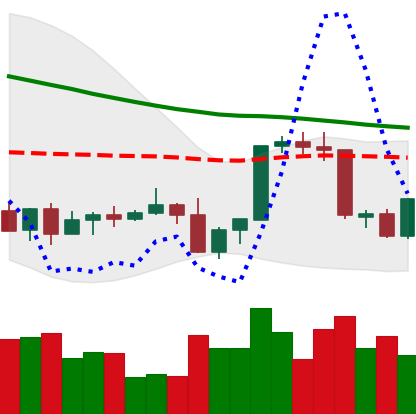
Ticker: XLM-USD
Chart end date: 2022-09-16
Forward return: 3.612%
Label: up_3_5